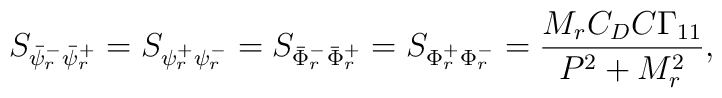
S_{\bar{\psi}_r^- \bar{\psi}_r^+}= S_{\psi_r^+ \psi_r^-}=S_{\bar{\Phi}_r^- \bar{\Phi}_r^+}=S_{\Phi_r^+ \Phi_r^-}= \frac {M_r C_D C \Gamma_{11}}{P^2 + M_r^2 },